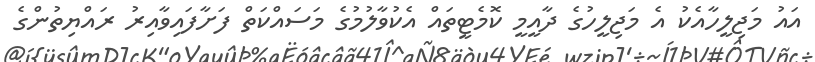
އައު މަޖިލީހާއެކު އެ މަޖިލީހުގެ ދާއީމީ ކޮމެޓީތައް އެކުވާލުމުގެ މަސައްކަތް ފަށާފައިވާއިރު ރައްޔިތުންގެ